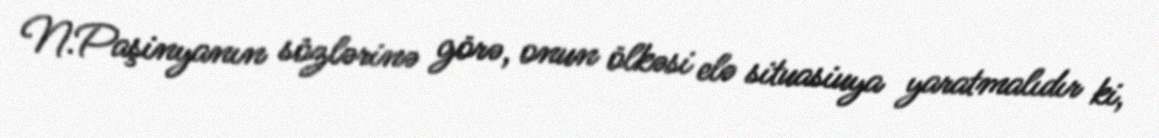
N.Paşinyanın sözlərinə görə, onun ölkəsi elə situasiuya yaratmalıdır ki,